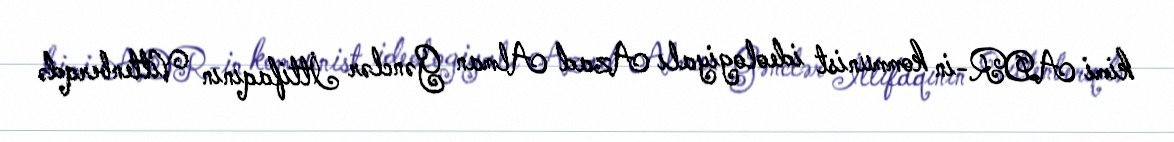
kimi ADR-in kommunist ideologiyalı Azad Alman Gənclər İttifaqının Vittenberqdə